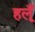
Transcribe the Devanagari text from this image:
हलूँ